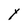
Character: Y